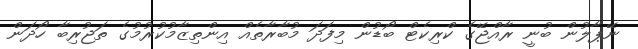
ނޭޕާލުން ބުނީ ރާއްޖޭގެ ކްރިކެޓް ބޯޑުން މިފަދަ މުބާރާތެއް އިންތިޒާމުކުރުމުގެ ތަޖުރިބާ ހޯދަން